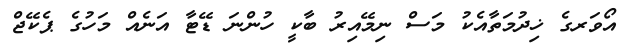
އޯވަރގެ ޚިދުމަތާއެކު މަސް ނިމޭއިރު ބާކީ ހުންނަ ޑޭޓާ އަނެއް މަހުގެ ޕެކޭޖް